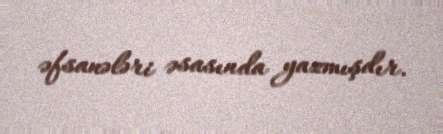
əfsanələri əsasında yazmışdır.